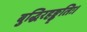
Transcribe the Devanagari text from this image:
बुद्धिरहङ्कृतिः।